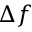
\Delta f